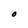
Character: O